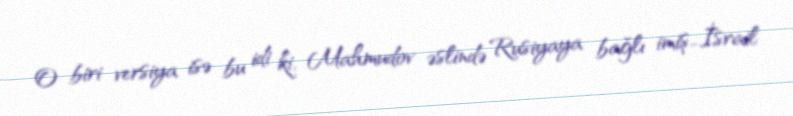
O biri versiya isə bu idi ki, Mahmudov əslində Rusiyaya bağlı imiş...İsrail